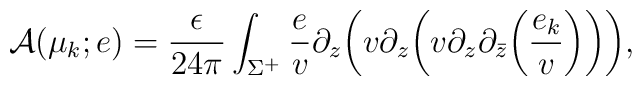
{\cal A}(\mu_k;e)={\epsilon\over 24 \pi}\int_{\Sigma^+}{e\over v}\partial_z\bigg( v\partial_z\bigg( v\partial_z\partial_{\bar z}\bigg({e_k\over v}\bigg)\bigg)\bigg),